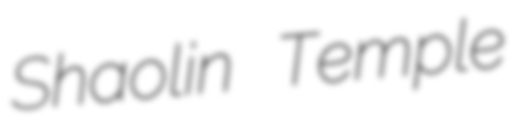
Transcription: Shaolin Temple